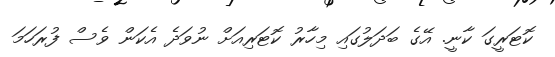
ކޮޓަރީގަ ކާނީ. އޭގެ ބަދަލުގައި މިހާރު ކޮޓަރިއަށް ނުވަދެ އެކަން ވެސް ފުރަހަމަ